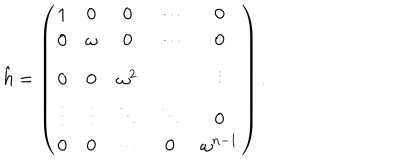
\hat { h } = \left( \begin{array} { c c c c c } { { 1 } } & { { 0 } } & { { 0 } } & { { \cdots } } & { { 0 } } \\ { { 0 } } & { { \omega } } & { { 0 } } & { { \cdots } } & { { 0 } } \\ { { 0 } } & { { 0 } } & { { \omega ^ { 2 } } } & { { \ddots } } & { { \vdots } } \\ { { \vdots } } & { { \vdots } } & { { \ddots } } & { { \ddots } } & { { 0 } } \\ { { 0 } } & { { 0 } } & { { \cdots } } & { { 0 } } & { { \omega ^ { n - 1 } } } \\ \end{array} \right) .